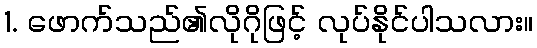
1. ဖောက်သည်၏လိုဂိုဖြင့် လုပ်နိုင်ပါသလား။